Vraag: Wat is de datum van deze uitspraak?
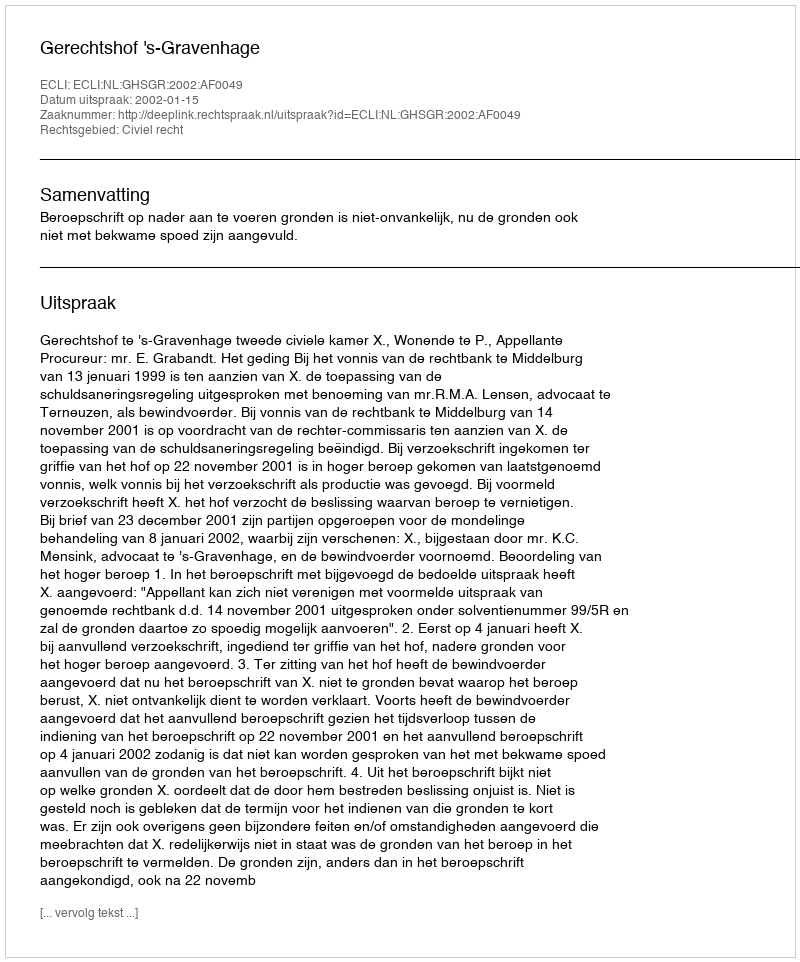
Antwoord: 2002-01-15